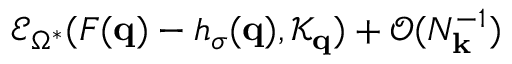
\mathcal { E } _ { \Omega ^ { * } } ( F ( \mathbf { q } ) - h _ { \sigma } ( \mathbf { q } ) , \mathcal { K } _ { \mathbf { q } } ) + \mathcal { O } ( N _ { \mathbf { k } } ^ { - 1 } )